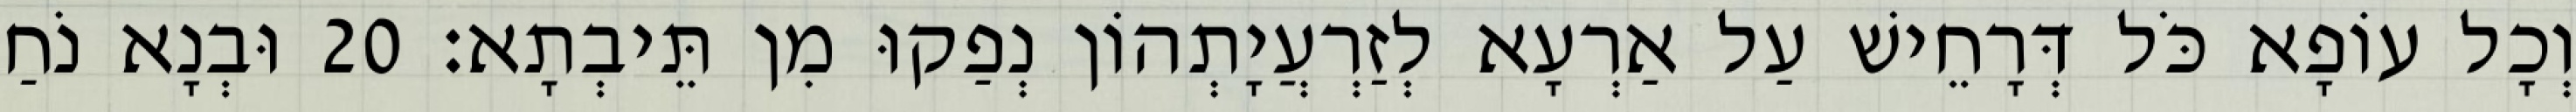
וְכָל עוֹפָא כֹּל דְּרָחֵישׁ עַל אַרְעָא לְזַרְעֲיָתְהוֹן נְפַקוּ מִן תֵּיבְתָא׃ 20 וּבְנָא נֹחַ